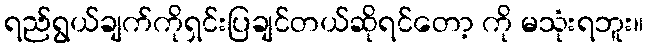
ရည်ရွယ်ချက်ကိုရှင်းပြချင်တယ်ဆိုရင်တော့ ကို မသုံးရဘူး။